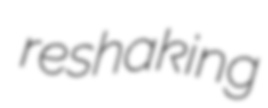
reshaking